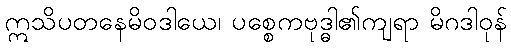
ဣသိပတနေမိဝဒါယေ၊ ပစ္စေကဗုဒ္ဓါ၏ကျရာ မိဂဒါဝုန်